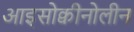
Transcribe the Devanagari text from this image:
आइसोक्वीनोलीन